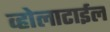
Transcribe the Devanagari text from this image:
व्होलाटाईल